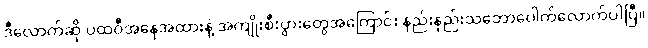
ဒီလောက်ဆို ပထဝီအနေအထားနဲ့ အကျိုးစီးပွားတွေအကြောင်း နည်းနည်းသဘောပေါက်လောက်ပါပြီ။